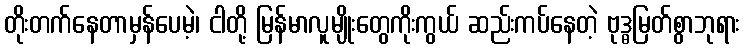
တိုးတက်နေတာမှန်ပေမဲ့၊ ငါတို့ မြန်မာလူမျိုးတွေကိုးကွယ် ဆည်းကပ်နေတဲ့ ဗုဒ္ဓမြတ်စွာဘုရား